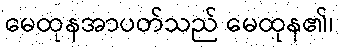
မေထုနအာပတ်သည် မေထုန၏၊